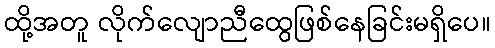
ထို့အတူ လိုက်လျောညီထွေဖြစ်နေခြင်းမရှိပေ။